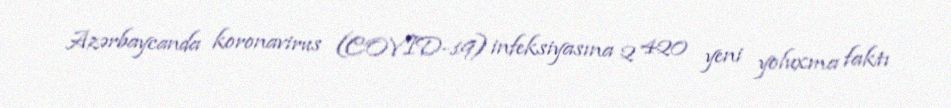
Azərbaycanda koronavirus (COVID-19) infeksiyasına 2 420 yeni yoluxma faktı